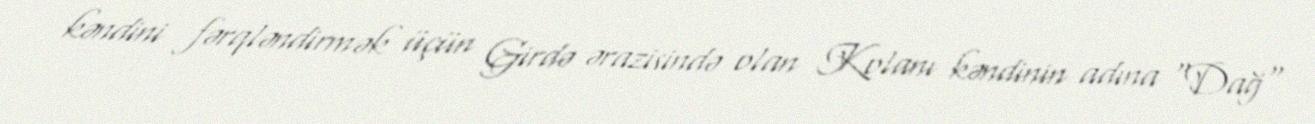
kəndini fərqləndirmək üçün Girdə ərazisində olan Kolanı kəndinin adına "Dağ"